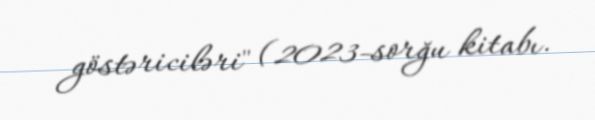
göstəriciləri" (2023-sorğu kitabı.